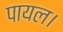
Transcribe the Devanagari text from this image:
पायल।